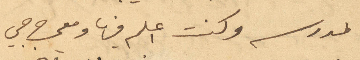
المدرسه وكنت اعلم فيها ومعي جرجي